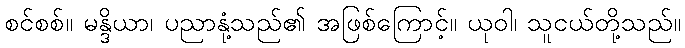
စင်စစ်။ မန္ဒိယာ၊ ပညာနုံ့သည်၏ အဖြစ်ကြောင့်။ ယုဝါ၊ သူငယ်တို့သည်။